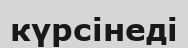
күрсінеді